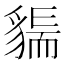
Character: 𧳲